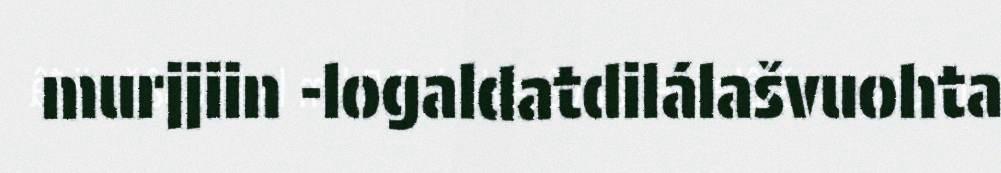
murjjiin -logaldatdilálašvuohta